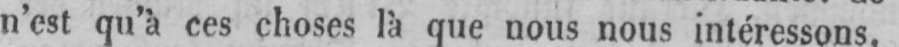
n’est qu’à ces choses là que nous nous intéressons.